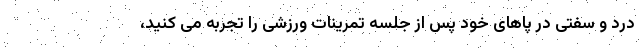
درد و سفتی در پاهای خود پس از جلسه تمرینات ورزشی را تجربه می کنید،